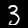
Digit: 3